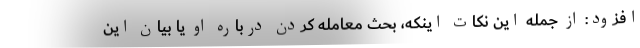
افزود: از جمله این نکات اینکه، بحث معامله کردن درباره او یا بیان این